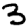
Digit: 3